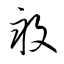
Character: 畝